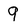
Character: 9